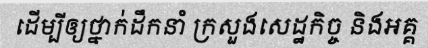
ដើម្បីឲ្យថ្នាក់ដឹកនាំ ក្រសួងសេដ្ឋកិច្ច និងអគ្គ